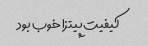
کیفیت پیتزا خوب بود